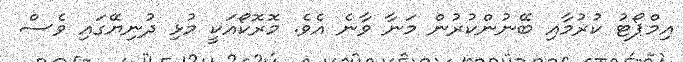
އިމްޕޯޓު ކުރުމާއި ބޭނުންކުރުން މަނާ ވާނެ އެވެ. މޮރޮކޯއަކީ މުޅި ދުނިޔޭގައި ވެސް